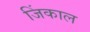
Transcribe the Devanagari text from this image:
जिंकाल